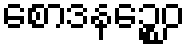
စောဒနဉ္စေဝ